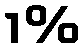
1%